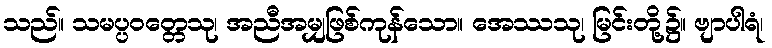
သည်။ သမပ္ပဝတ္တေသု၊ အညီအမျှဖြစ်ကုန်သော။ အေဿသု၊ မြင်းတို့၌။ ဗျာပါရံ၊